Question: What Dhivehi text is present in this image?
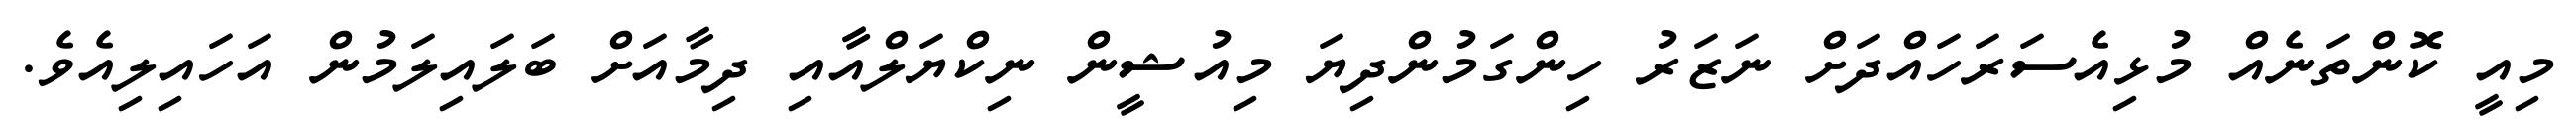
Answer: މިއީ ކޮންތަނެއް މުޅިއެސަރަހައްދަށް ނަޒަރު ހިންގަމުންދިޔަ މިއުޝީން ނިކްޔަލްއާާއި ދިމާއަށް ބަލައިލަމުން އަހައިލިއެވެ.